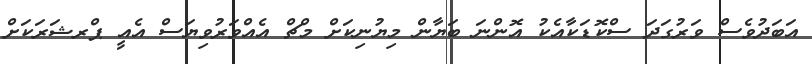
އަބަދުވެސް ވަރުގަދަ ސްކޮޑަކާއެކު އޮންނަ ބަޔާން މިޔުނިކަށް މްޗް އެއްވަރުވިޔަސް އެއީ ޕްރޝަރަކަށް